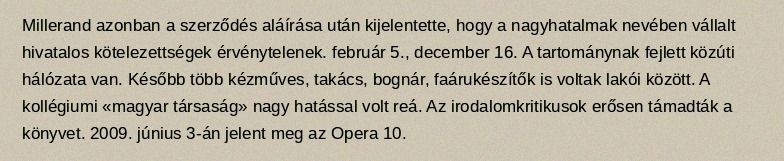
Millerand azonban a szerződés aláírása után kijelentette, hogy a nagyhatalmak nevében vállalt hivatalos kötelezettségek érvénytelenek. február 5., december 16. A tartománynak fejlett közúti hálózata van. Később több kézműves, takács, bognár, faárukészítők is voltak lakói között. A kollégiumi «magyar társaság» nagy hatással volt reá. Az irodalomkritikusok erősen támadták a könyvet. 2009. június 3-án jelent meg az Opera 10.